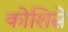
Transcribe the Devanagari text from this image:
कोशिसे